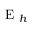
\mathrm { ~ E ~ } _ { h }